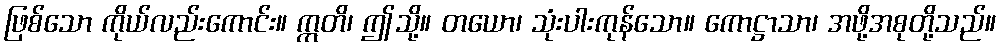
ဖြစ်သော ကိုယ်လည်းကောင်း။ ဣတိ၊ ဤသို့။ တယော၊ သုံးပါးကုန်သော။ ကောဋ္ဌာသာ၊ အဖို့အစုတို့သည်။